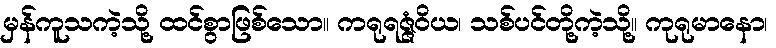
မှန်ကူသကဲ့သို့ ထင်စွာဖြစ်သော။ ကရုရဇ္ဇံဝိယ၊ သစ်ပင်တို့ကဲ့သို့။ ကုရုမာနော၊